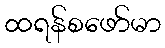
ထရန်စဖော်မာ